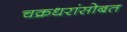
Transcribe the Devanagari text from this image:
चक्रधरांसोबत